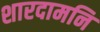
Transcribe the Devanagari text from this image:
शारदामनि